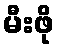
မီးဖို